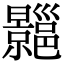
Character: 𢀍